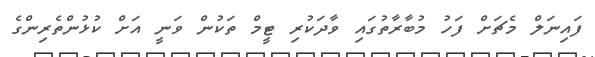
ފައިނަލް މެޗަށް ފަހު މުބާރާތުގައި ވާދަކުރި ޓީމް ތަކުން ވަނީ އަށް ކުޅުންތެރިންގެ